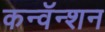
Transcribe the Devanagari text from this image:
कन्वॅन्शन